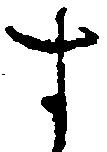
す